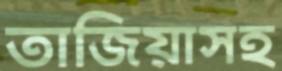
তাজিয়াসহ